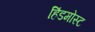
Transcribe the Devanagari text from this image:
हिंडमोस्ट